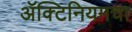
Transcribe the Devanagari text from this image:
ॲक्टिनियमचा